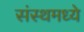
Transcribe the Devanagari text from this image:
संस्थमध्ये